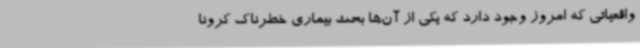
واقعیاتی که امروز وجود دارد که یکی از آن‌ها بحث بیماری خطرناک کرونا